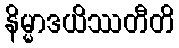
နိမ္မာဒယိဿတီတိ